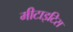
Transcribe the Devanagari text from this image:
मीटाइटिस